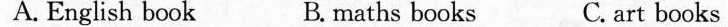
A. English book B. maths books C. art books